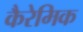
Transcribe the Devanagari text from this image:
कैरेमिक